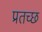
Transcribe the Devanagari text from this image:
प्रतच्छ